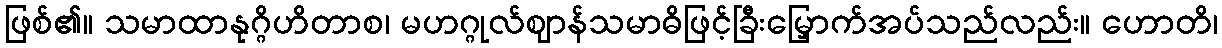
ဖြစ်၏။ သမာထာနုဂ္ဂိဟိတာစ၊ မဟဂ္ဂုလ်ဈာန်သမာဓိဖြင့်ခြီးမြှောက်အပ်သည်လည်း။ ဟောတိ၊